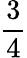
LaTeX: \frac{3}{4}